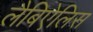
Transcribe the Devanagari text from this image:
लैबिऐलिस